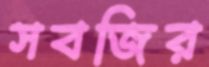
সবজির